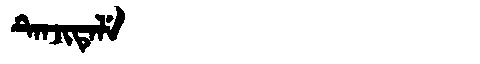
Manchu: ᡨᡝᠨᠵᡳᡨᡝᠯᡝ
Romanization: TENJITELE